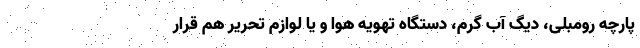
پارچه رومبلی، دیگ آب گرم، دستگاه تهویه هوا و یا لوازم تحریر هم قرار